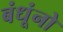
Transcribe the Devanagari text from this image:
बंधूंनो